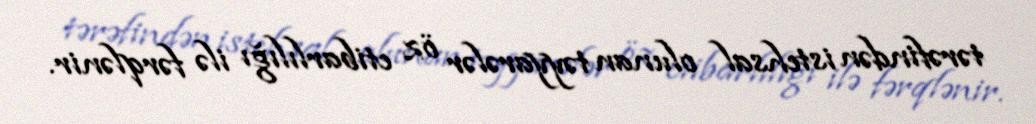
tərəfindən istehsal olunan təyyarələr öz etibarlılığı ilə fərqlənir.